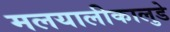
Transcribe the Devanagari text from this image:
मलयालीकालुडे